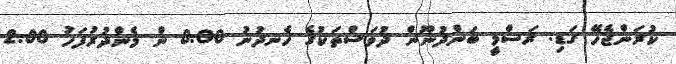
ކުރަންޖެހޭ ގަޑި: ރަސްމީ ބަންދުނޫން ދުވަސްތަކުގެ ހެނދުނު 8:00 ން މެންދުރުފަހު 2:00